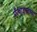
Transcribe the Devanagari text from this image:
फ्रँचाइजच्या